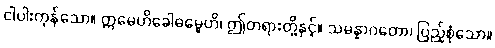
ငါပါးကုန်သော။ ဣမေဟိခေါဓမ္မေဟိ၊ ဤတရားတို့နှင့်။ သမန္နာဂတော၊ ပြည့်စုံသော။